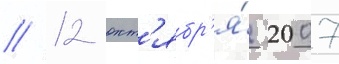
// 12 окт'ябр'я́ 2007